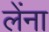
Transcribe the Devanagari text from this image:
लेंना